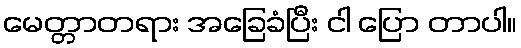
မေတ္တာတရား အခြေခံပြီး ငါ ပြော တာပါ။